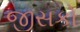
જીસકો